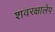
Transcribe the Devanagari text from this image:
शवरक्षालेप